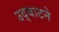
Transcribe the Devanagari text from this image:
उद्‌घाटने